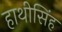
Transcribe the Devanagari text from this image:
हाथीसिंह